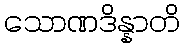
သောဏဒိန္နာတိ